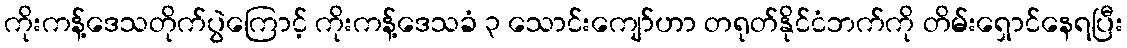
ကိုးကန့်ဒေသတိုက်ပွဲကြောင့် ကိုးကန့်ဒေသခံ ၃ သောင်းကျော်ဟာ တရုတ်နိုင်ငံဘက်ကို တိမ်းရှောင်နေရပြီး